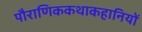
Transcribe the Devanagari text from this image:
पौराणिककथाकहानियों